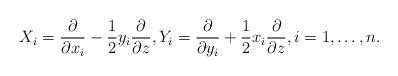
LaTeX: \begin{align*}X_i=\frac{\partial}{\partial x_i}-\frac{1}{2}y_i\frac{\partial}{\partial z},Y_i=\frac{\partial}{\partial y_i}+\frac{1}{2}x_i\frac{\partial }{\partial z},i=1,\ldots ,n.\end{align*}